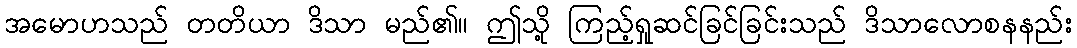
အမောဟသည် တတိယာ ဒိသာ မည်၏။ ဤသို့ ကြည့်ရှုဆင်ခြင်ခြင်းသည် ဒိသာလောစနနည်း